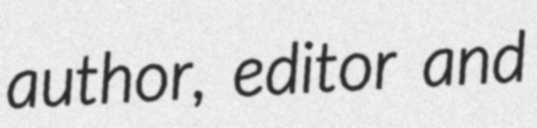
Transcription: author, editor and